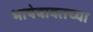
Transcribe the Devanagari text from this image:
भाषेबाबतच्या